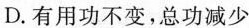
D. 有用功不变，总功减少